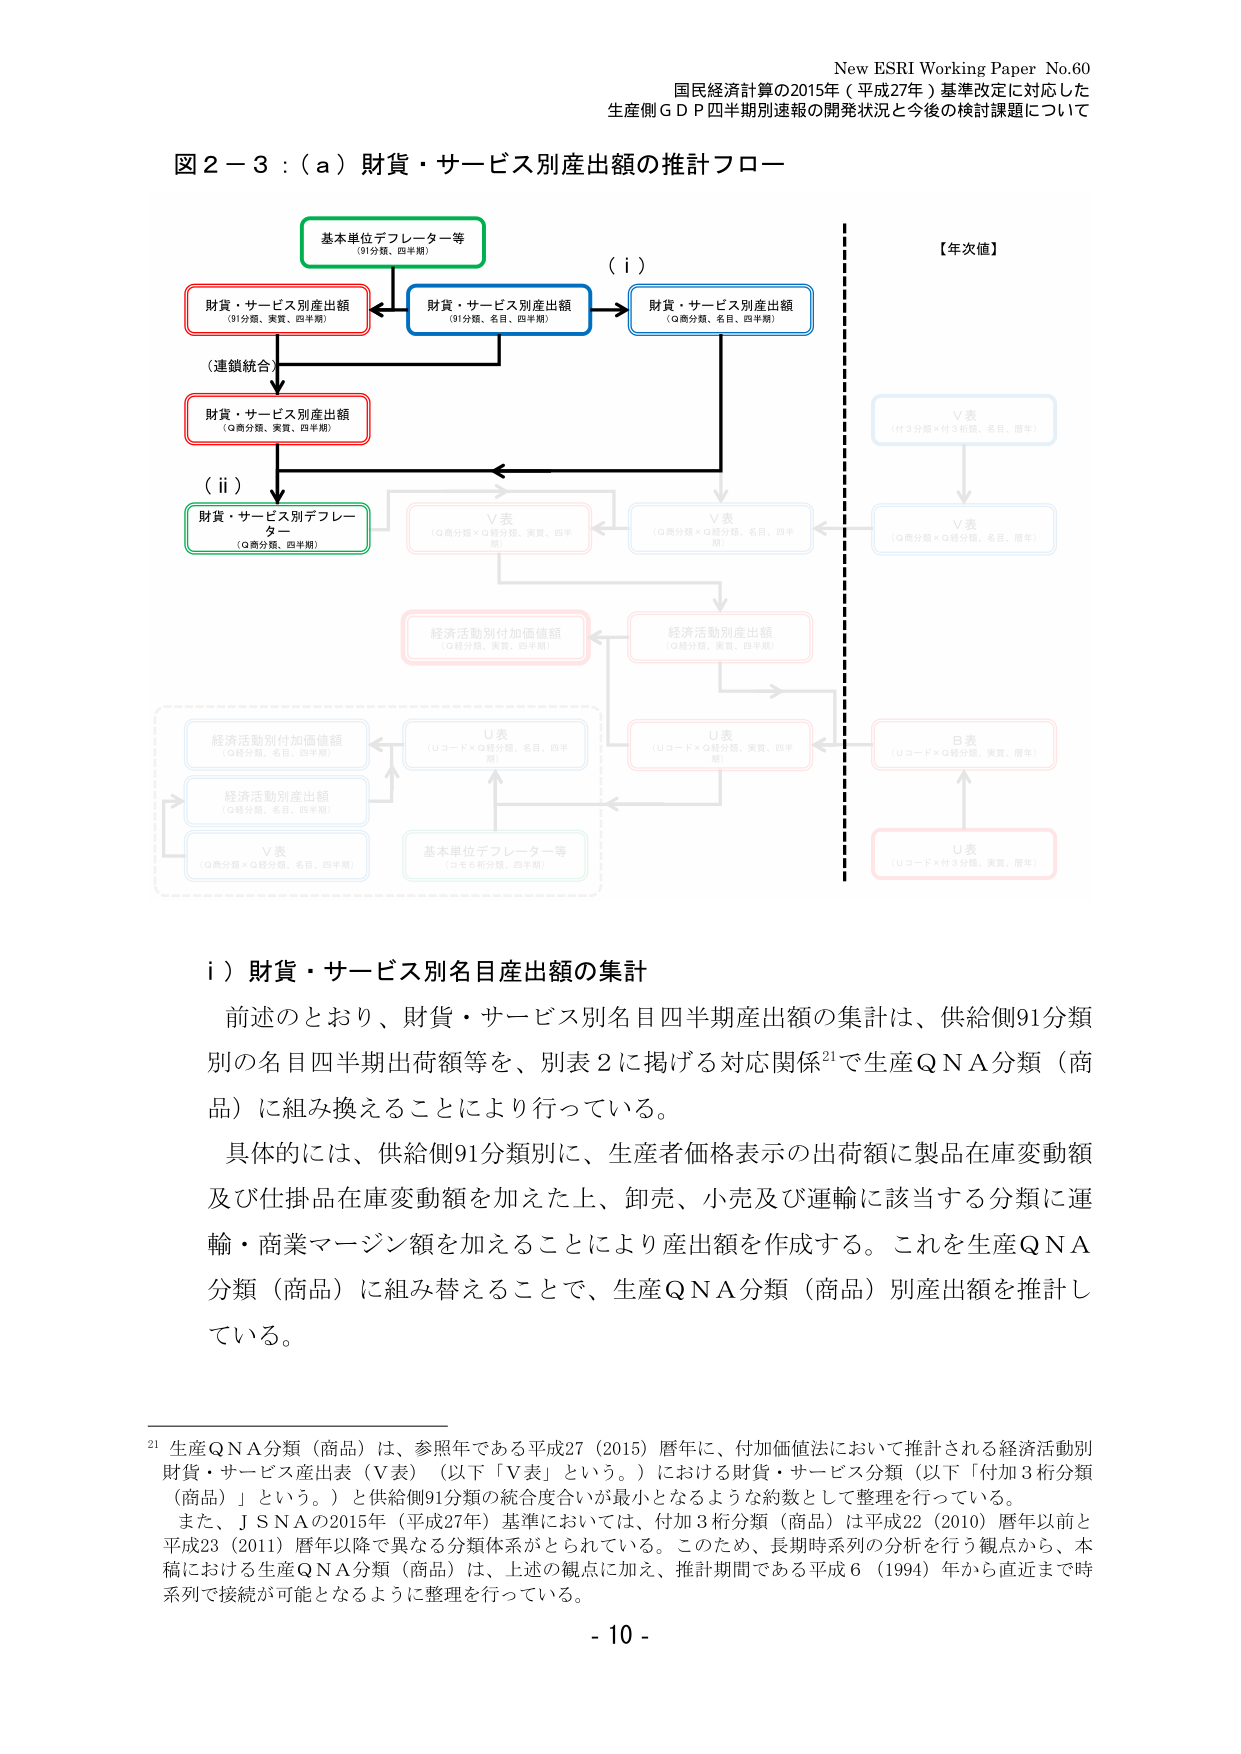
New ESRI Working Paper No.60
国民経済計算の2015年（平成27年）基準改定に対応した
生産側ＧＤＰ四半期別速報の開発状況と今後の検討課題について

図２－３：（ａ）財貨・サービス別産出額の推計フロー

基本単位デフレーター等
（91分類、四半期）

財貨・サービス別産出額
（91分類、実質、四半期）

財貨・サービス別産出額
（91分類、名目、四半期）

財貨・サービス別産出額
（Q高分類、名目、四半期）

（連鎖統合）

財貨・サービス別産出額
（Q高分類、実質、四半期）

（ｉ）

財貨・サービス別デフレーター
（Q高分類、四半期）

（ｉｉ）

V表
（付3分類×付3桁類、名目、四半期）

V表
（Q高分類×Q高分類、名目、四半期）

V表
（Q高分類×Q高分類、名目、四半期）

V表
（Q高分類×Q高分類、名目、四半期）

経済活動別付加価値額
（Q高分類、実質、四半期）

経済活動別産出額
（Q高分類、実質、四半期）

U表
（Uコード×Q高分類、名目、四半期）

U表
（Uコード×Q高分類、実質、四半期）

B表
（Uコード×Q高分類、実質、四半期）

U表
（Uコード×付3分類、実質、四半期）

経済活動別付加価値額
（Q高分類、名目、四半期）

経済活動別産出額
（Q高分類、名目、四半期）

V表
（Q高分類×Q高分類、名目、四半期）

基本単位デフレーター等
（Q高分類、四半期）

【年次値】

ｉ）財貨・サービス別名目産出額の集計

前述のとおり、財貨・サービス別名目四半期産出額の集計は、供給側91分類別の名目四半期出荷額等を、別表2に掲げる対応関係21で生産QNA分類（商品）に組み換えることにより行っている。

具体的には、供給側91分類別に、生産者価格表示の出荷額に製品在庫変動額及び仕掛品在庫変動額を加えた上、卸売、小売及び運輸に該当する分類に運輸・商業マージン額を加えることにより産出額を作成する。これを生産QNA分類（商品）に組み替えることで、生産QNA分類（商品）別産出額を推計している。

21 生産QNA分類（商品）は、参照年である平成27（2015）暦年に、付加価値法において推計される経済活動別財貨・サービス産出表（V表）（以下「V表」という。）における財貨・サービス分類（以下「付加3桁分類（商品）」という。）と供給側91分類の統合度合いが最小となるような約数として整理を行っている。

また、JSNAの2015年（平成27年）基準においては、付加3桁分類（商品）は平成22（2010）暦年以前と平成23（2011）暦年以降で異なる分類体系がとられている。このため、長期時系列の分析を行う観点から、本稿における生産QNA分類（商品）は、上述の観点に加え、推計期間である平成6（1994）年から直近まで時系列で接続が可能となるように整理を行っている。

- 10 -